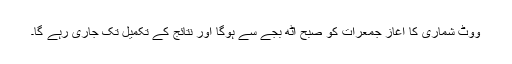
ووٹ شماری کا آغاز جمعرات کو صبح آٹھ بجے سے ہوگا اور نتائج کے تکمیل تک جاری رہے گا۔